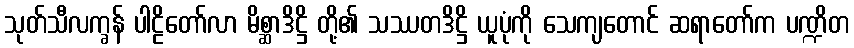
သုတ်သီလက္ခန် ပါဠိတော်လာ မိစ္ဆာဒိဋ္ဌိ တို့၏ သဿတဒိဋ္ဌိ ယူပုံကို သေကျတောင် ဆရာတော်က ပဏ္ဍိတ